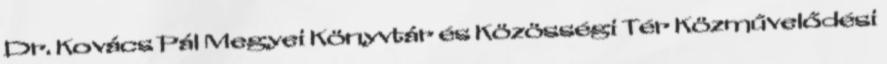
Dr. Kovács Pál Megyei Könyvtár és Közösségi Tér Közművelődési